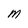
Character: M